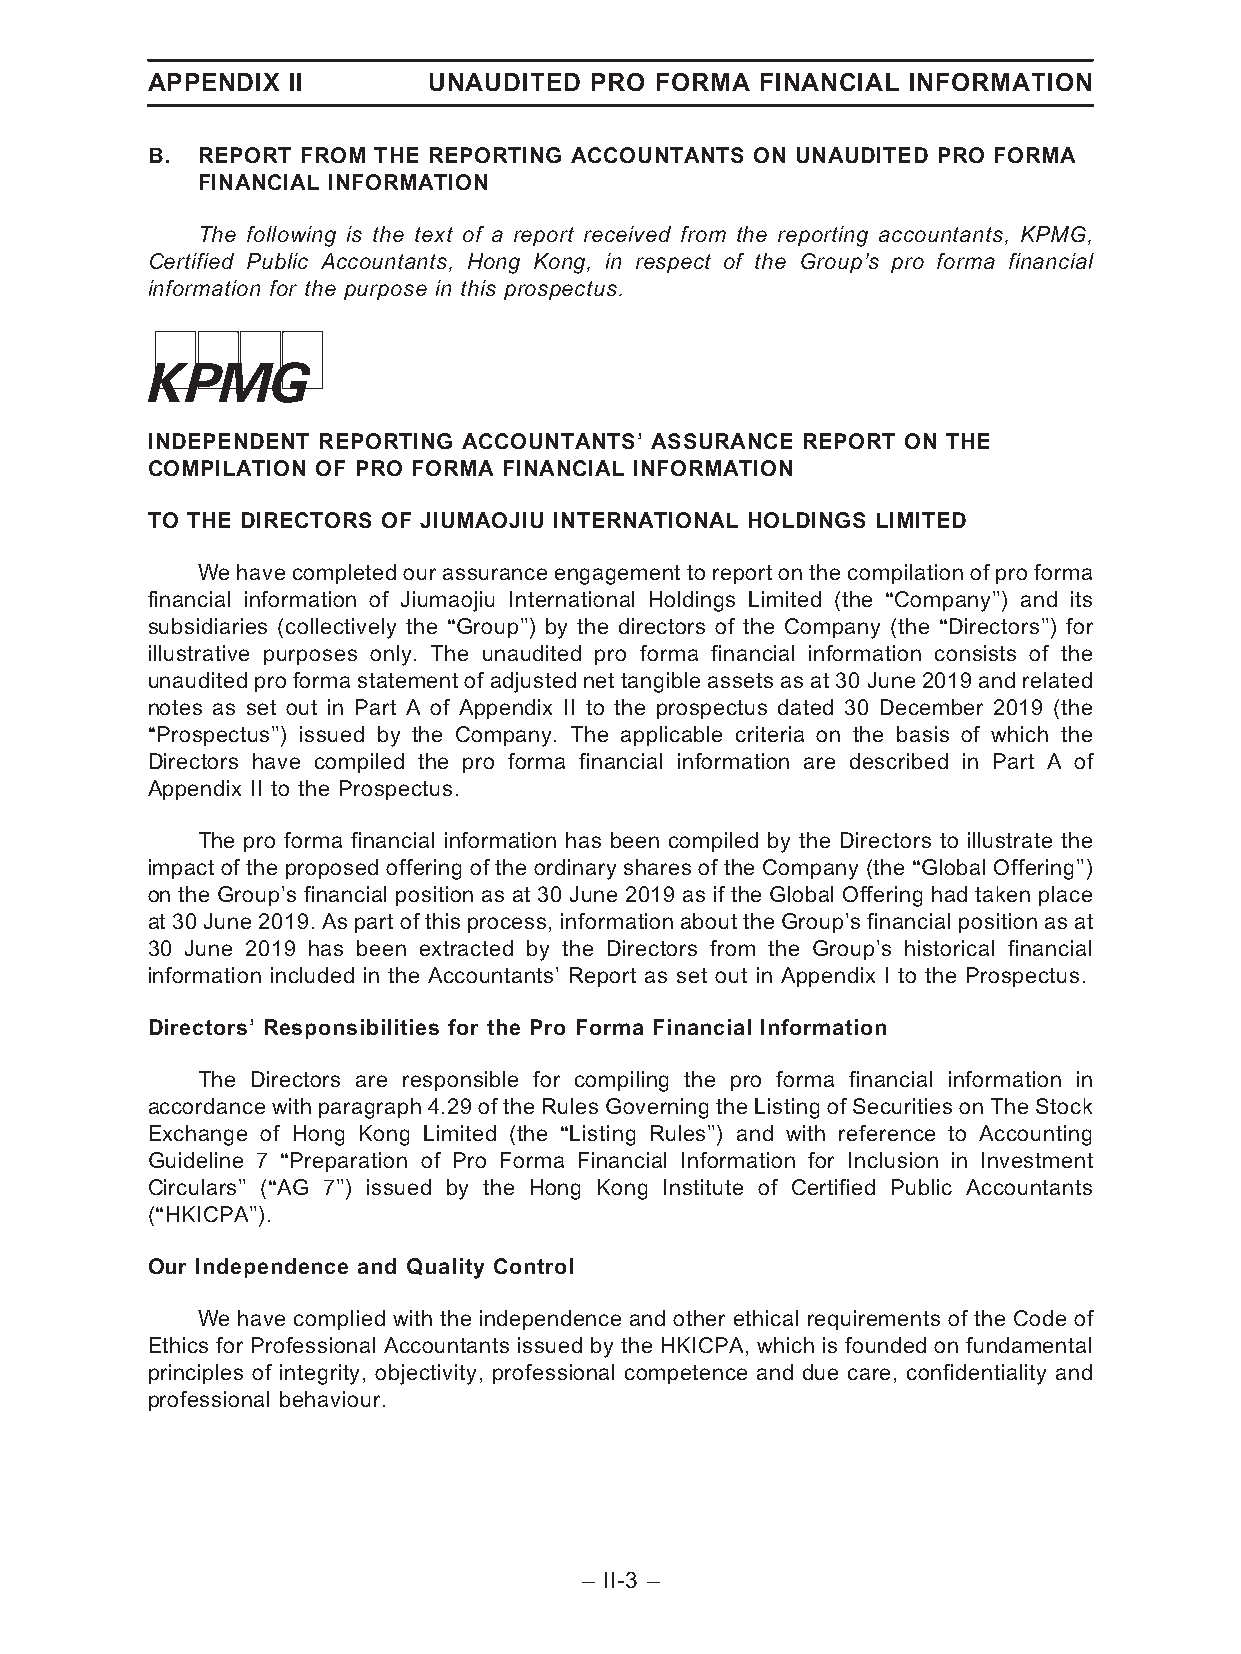
APPENDIX II       UNAUDITED  PRO FORMA  FINANCIAL INFORMATION
 B. REPORT FROM THE REPORTING ACCOUNTANTS ON UNAUDITED PRO FORMA
 FINANCIAL INFORMATION
 The following is the text of a report received from the reporting accountants, KPMG,
 Certified Public Accountants, Hong Kong, in respect of the Group’s pro forma financial
 information for the purpose in this prospectus.
 INDEPENDENT REPORTING ACCOUNTANTS’ ASSURANCE REPORT ON THE
 COMPILATION OF PRO FORMA FINANCIAL INFORMATION
 TO THE DIRECTORS OF JIUMAOJIU INTERNATIONAL HOLDINGS LIMITED
 We have completed our assurance engagement to report on the compilation of pro forma
 financial information of Jiumaojiu International Holdings Limited (the ‘‘Company’’) and its
 subsidiaries (collectively the ‘‘Group’’) by the directors of the Company (the ‘‘Directors’’) for
 illustrative purposes only. The unaudited pro forma financial information consists of the
 unaudited pro forma statement of adjusted net tangible assets as at 30 June 2019 and related
 notes as set out in Part A of Appendix II to the prospectus dated 30 December 2019 (the
 ‘‘Prospectus’’) issued by the Company. The applicable criteria on the basis of which the
 Directors have compiled the pro forma financial information are described in Part A of
 Appendix II to the Prospectus.
 The pro forma financial information has been compiled by the Directors to illustrate the
 impact of the proposed offering of the ordinary shares of the Company (the ‘‘Global Offering’’)
 on the Group’s financial position as at 30 June 2019 as if the Global Offering had taken place
 at 30 June 2019. As part of thisprocess, information about the Group’s financialposition as at
 30 June 2019 has been extracted by the Directors from the Group’s historical financial
 information included in the Accountants’ Report as set out in Appendix I to the Prospectus.
 Directors’ Responsibilities for the Pro Forma Financial Information
 The Directors are responsible for compiling the pro forma financial information in
 accordancewithparagraph4.29of theRulesGoverningtheListingofSecuritiesonTheStock
 Exchange of Hong Kong Limited (the ‘‘Listing Rules’’) and with reference to Accounting
 Guideline 7 ‘‘Preparation of Pro Forma Financial Information for Inclusion in Investment
 Circulars’’ (‘‘AG 7’’) issued by the Hong Kong Institute of Certified Public Accountants
 (‘‘HKICPA’’).
 Our Independence and Quality Control
 We have complied with the independence and other ethical requirements of the Code of
 Ethics for Professional Accountants issued by the HKICPA, which is founded on fundamental
 principles of integrity, objectivity, professional competence and due care, confidentiality and
 professional behaviour.
 – II-3 –